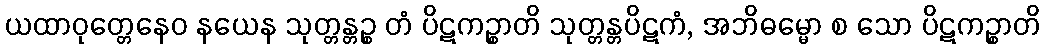
ယထာဝုတ္တေနေဝ နယေန သုတ္တန္တဉ္စ တံ ပိဋကဉ္စာတိ သုတ္တန္တပိဋကံ, အဘိဓမ္မော စ သော ပိဋကဉ္စာတိ